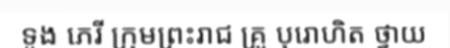
ទូង ភេរី ក្រុមព្រះរាជ គ្រូ បុរោហិត ថ្វាយ